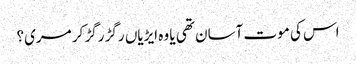
اس کی موت آسان تھی یا وہ ایڑیاں رگڑ رگڑ کر مری؟